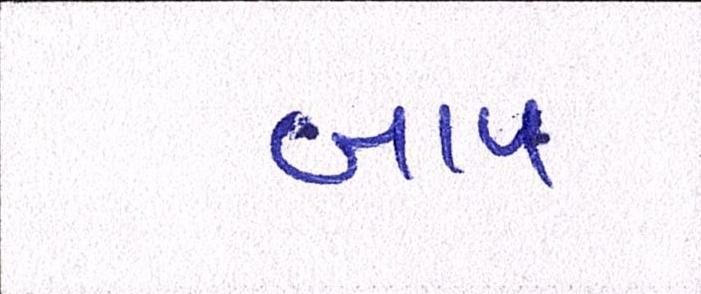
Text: બાપ